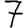
Digit: 7